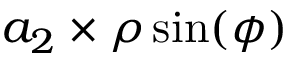
a _ { 2 } \times \rho \sin ( \phi )